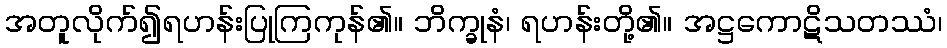
အတူလိုက်၍ရဟန်းပြုကြကုန်၏။ ဘိက္ခုနံ၊ ရဟန်းတို့၏။ အဋ္ဌကောဋိသတဿံ၊